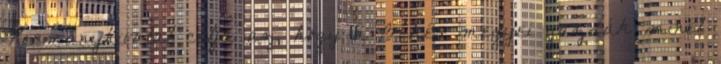
Kormányhivatal célja az, hogy a Békés megyei gazdák minél